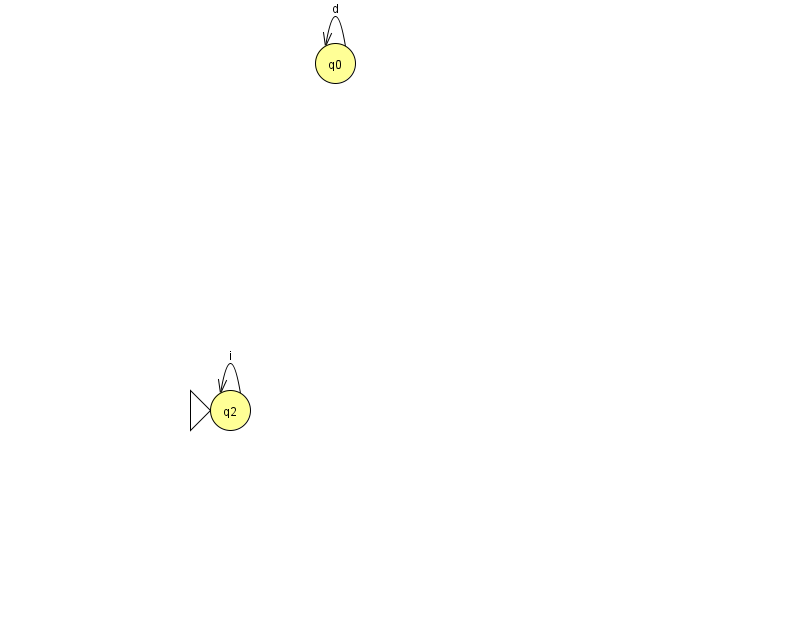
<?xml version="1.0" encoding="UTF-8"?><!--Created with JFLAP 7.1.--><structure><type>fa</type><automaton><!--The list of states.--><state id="0" name="q0"><x>335.0</x><y>50.0</y></state><state id="2" name="q2"><x>230.0</x><y>397.0</y><initial/></state><!--The list of transitions.--><transition><from>0</from><to>0</to><read>d</read></transition><transition><from>2</from><to>2</to><read>i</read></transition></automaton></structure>